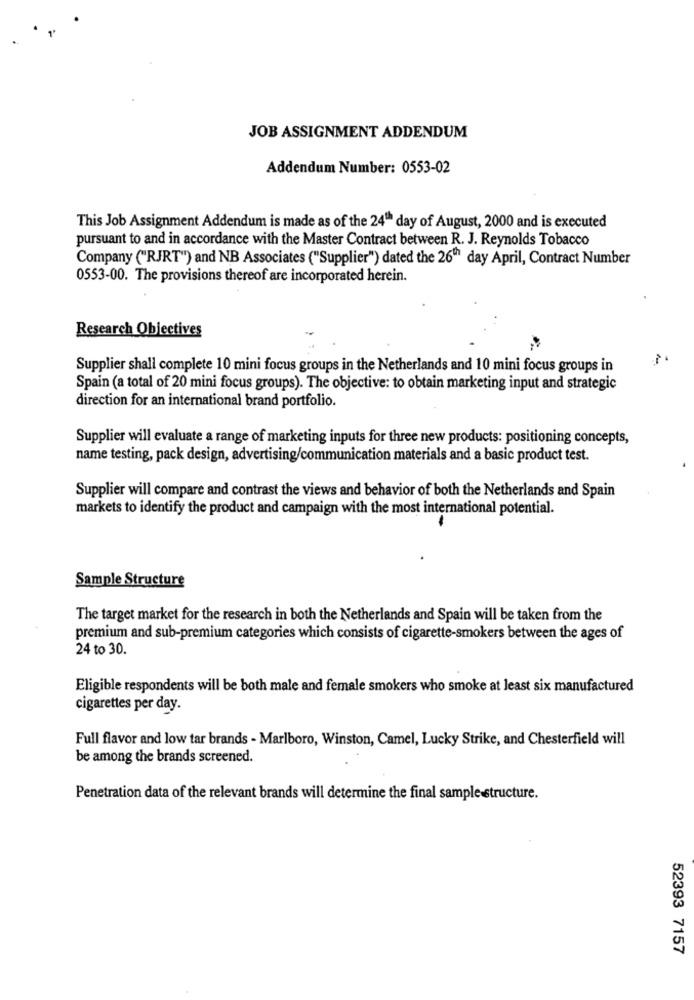
JOB ASSIGNMENT ADDENDUM
Addendum Number: 0553-02
This Job Assignment Addendum is made as of the 24th day of August, 2000 and is executed
pursuant to and in accordance with the Master Contract between R. J. Reynolds Tobacco
Company ("RJRT") and NB Associates ("Supplier") dated the 26th day April, Contract Number
0553-00. The provisions thereof are incorporated herein.
Research Objectives
Supplier shall complete 10 mini focus groups in the Netherlands and 10 mini focus groups in
Spain (a total of 20 mini focus groups). The objective: to obtain marketing input and strategic
direction for an international brand portfolio.
Supplier will evaluate a range of marketing inputs for three new products: positioning concepts,
name testing, pack design, advertising/communication materials and a basic product test.
Supplier will compare and contrast the views and behavior of both the Netherlands and Spain
markets to identify the product and campaign with the most international potential.
Sample Structure
The target market for the research in both the Netherlands and Spain will be taken from the
premium and sub-premium categories which consists of cigarette-smokers between the ages of
24 to 30.
Eligible respondents will be both male and female smokers who smoke at least six manufactured
cigarettes per day.
Full flavor and low tar brands - Marlboro, Winston, Camel, Lucky Strike, and Chesterfield will
be among the brands screened.
Penetration data of the relevant brands will determine the final sample structure.
52393 7157